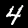
Label: 4